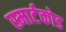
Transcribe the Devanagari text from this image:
स्मार्टकोड